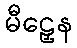
မီဠှေန